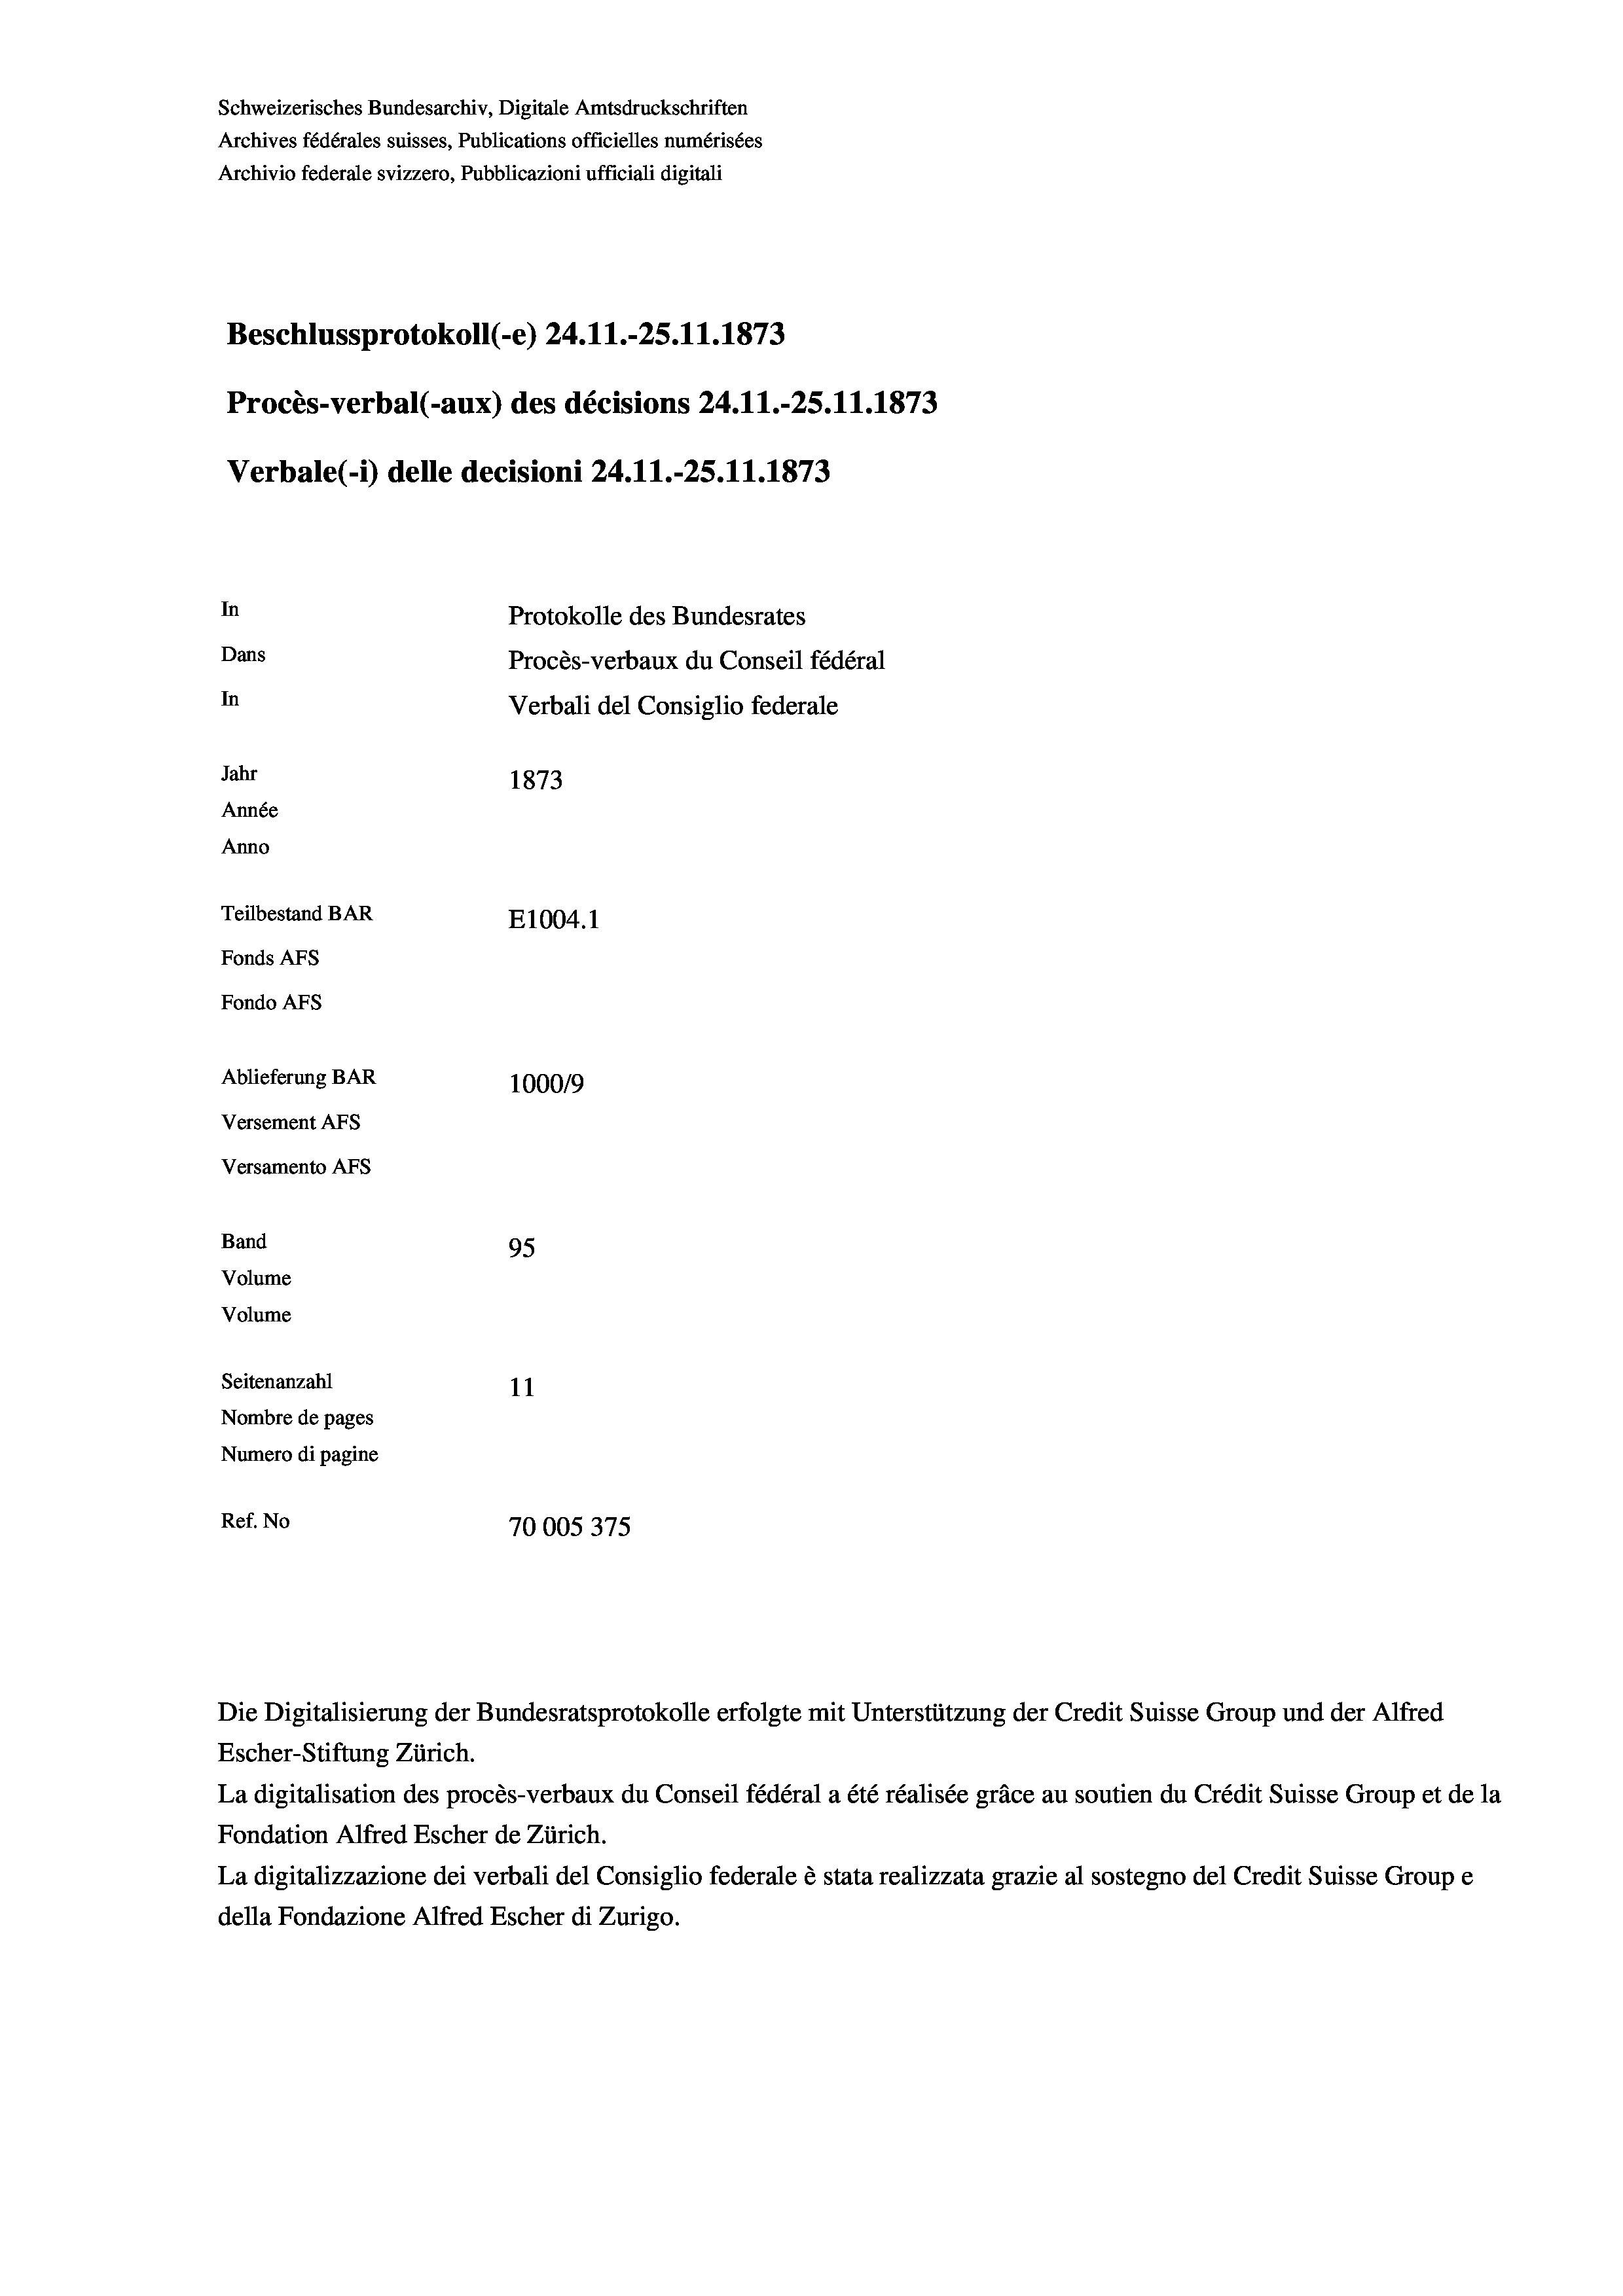
Schweizerisches Bundesarchiv, Digitale Amtsdruckschriften
Archives fédérales suisses, Publications officielles numérisées
Archivio federale svizzero, Pubblicazioni ufficiali digitali
Beschlussprotokoll (-e) 24.11.-25.11.1873
Procès-verbal (-aux) des décisions 24.11.-25.11.1873
Verbale (i) delle decisioni 24.11.-25.11.1873
In
Protokolle des Bundesrates
Dans
Procès-verbaux du Conseil fédéral
In
Verbali del Consiglio federale
Jahr
1873
Année
Anno
Teilbestand BAR
E1004. 1
Fonds AFs
Fondo AFs
Ablieferung BAR
100019
Versement AFs
Versamento AFs
Band
95
Volume
Volume
Seitenanzahl
11
Nombre de pages
Numero di pagine
Ref. No
70005375

Die Digitalisierung der Bundesratsprotokolle erfolgte mit Unterstützung der Credit Suisse Group und der Alfred
Escher-Stiftung Zürich.
La digitalisation des procès-verbaux du Conseil fédéral a été réalisée gräce au soutien du Crédit Suisse Group et de la
Fondation Alfred Escher de Zürich.
La digitalizzazione dei verbali del Consiglio federale è stata realizzata grazie al sostegno del Credit Suisse Groupe
della Fondazione Alfred Escher di Zurigo.